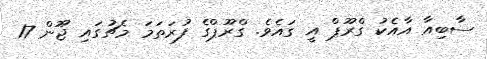
ސާބިއާ އާއެކު ގްރޫޕް އީ ގައެވެ. ގްރޫޕްގެ ފުރަތަމަ މެޗުގައި ޖޫން 17